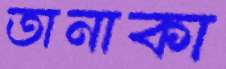
তানাকা